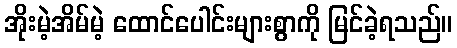
အိုးမဲ့အိမ်မဲ့ ထောင်ပေါင်းများစွာကို မြင်ခဲ့ရသည်။